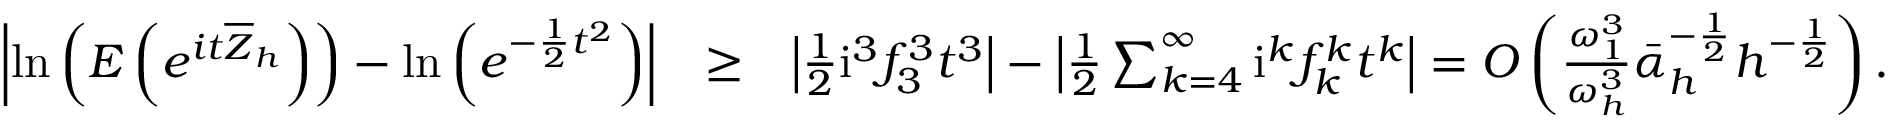
\begin{array} { r l r } { \left| \mathrm { l n } \left( E \left( e ^ { i t \overline { { Z } } _ { h } } \right) \right) - \mathrm { l n } \left( e ^ { - \frac { 1 } { 2 } t ^ { 2 } } \right) \right| } & { \geq } & { \left| \frac { 1 } { 2 } \mathrm { i } ^ { 3 } f _ { 3 } ^ { 3 } t ^ { 3 } \right| - \left| \frac { 1 } { 2 } \sum _ { k = 4 } ^ { \infty } \mathrm { i } ^ { k } f _ { k } ^ { k } t ^ { k } \right| = O \left( \frac { \omega _ { 1 } ^ { 3 } } { \omega _ { h } ^ { 3 } } \bar { \alpha } _ { h } ^ { - \frac { 1 } { 2 } } h ^ { - \frac { 1 } { 2 } } \right) . } \end{array}